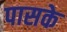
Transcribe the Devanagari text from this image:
पासके